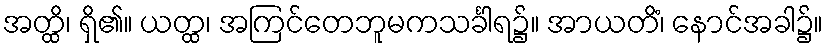
အတ္ထိ၊ ရှိ၏။ ယတ္ထ၊ အကြင်တေဘူမကသင်္ခါရ၌။ အာယတိံ၊ နောင်အခါ၌။